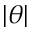
\vert \theta \vert